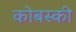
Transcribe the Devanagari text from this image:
कोबस्की